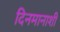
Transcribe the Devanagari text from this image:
दिनमानाशी